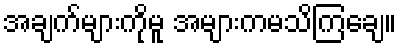
အချက်များကိုမူ အများကမသိကြချေ။